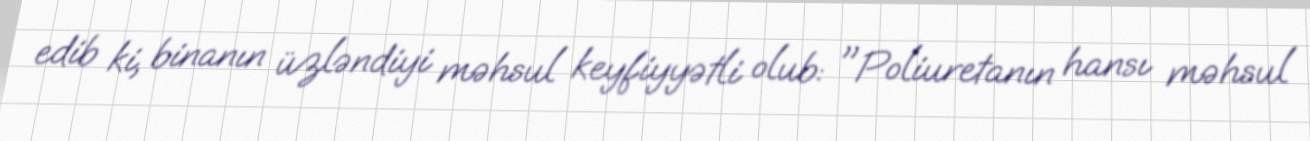
edib ki, binanın üzləndiyi məhsul keyfiyyətli olub: "Poliuretanın hansı məhsul